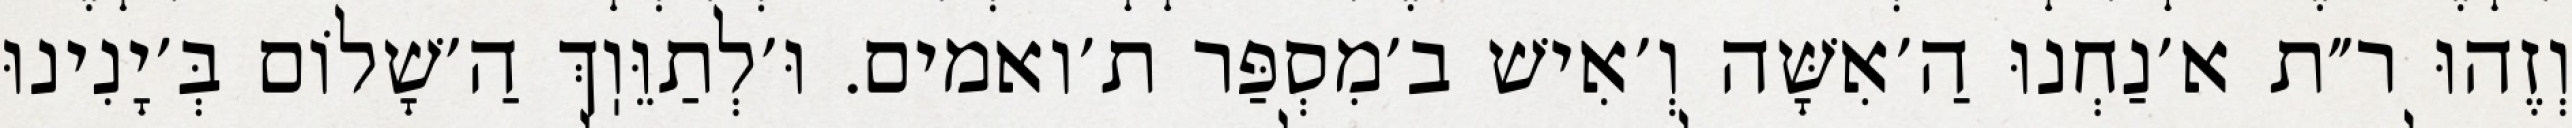
וְזֶהוּ ר״ת א׳נַחְנוּ הַ׳אִשָּׁה וְ׳אִישׁ ב׳מִסְפַּר ת׳ואמים. וּ׳לְתַוֵּוֽךְ הַ׳שָׁלוֹם בְּ׳יָנִינוּ